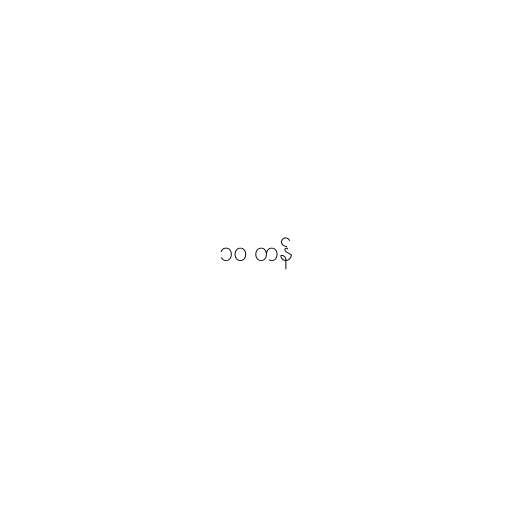
၁၀ တန်